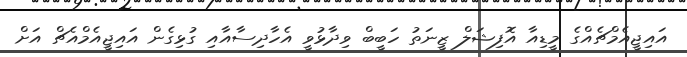
އައިޖީއެމްޗެއްގެ މީޑިއާ އޮފިޝަލް ޒީނަތު ހަބީބް ވިދާޅުވީ އެހާދިސާއާއި ގުޅިގެން އައިޖީއެމްއެޗް އަށް